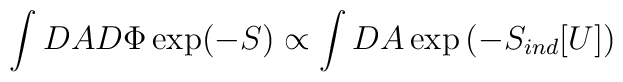
\int DA D\Phi \exp(-S) \propto \int DA \exp\left(-S_{ind}[U]\right)